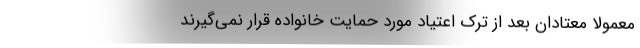
معمولا معتادان بعد از ترک اعتیاد مورد حمایت خانواده قرار نمی‌گیرند